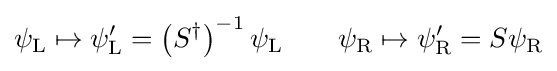
\psi _{\rm {L}}\mapsto \psi _{\rm {L}}^{\prime }=\left(S^{\dagger }\right)^{-1}\psi _{\rm {L}}\qquad \psi _{\rm {R}}\mapsto \psi _{\rm {R}}^{\prime }=S\psi _{\rm {R}}